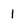
Character: 1